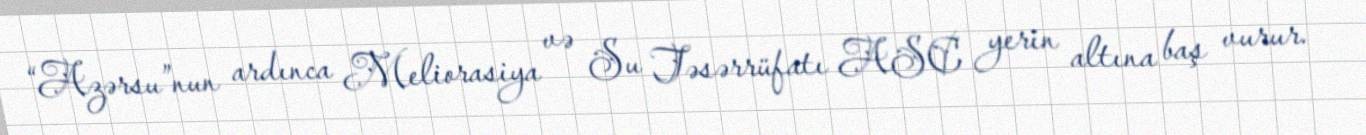
“Azərsu”nun ardınca Meliorasiya və Su Təsərrüfatı ASC yerin altına baş vurur.